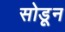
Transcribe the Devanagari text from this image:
सोडूून